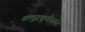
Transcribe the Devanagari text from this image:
सामुद्रधुनीवरून